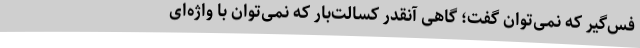
فس‌گیر که نمی‌توان گفت؛ گاهی آنقدر کسالت‌بار که نمی‌توان با واژه‌ای